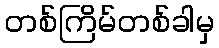
တစ်ကြိမ်တစ်ခါမှ